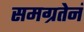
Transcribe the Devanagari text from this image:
समग्रतेनं